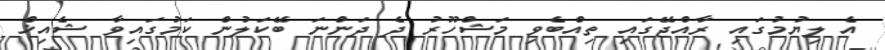
އެ ލިޔުމުގައި ރާއްޖޭގައި ތިއްބެވި މަޝްހޫރު ދެ ދަންނަ ބޭކަލުން ކަމުގައިވާ ޝެއިޚް